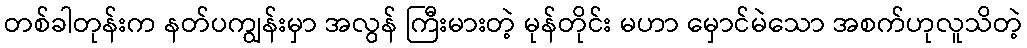
တစ်ခါတုန်းက နတ်ပကျွန်းမှာ အလွန် ကြီးမားတဲ့ မုန်တိုင်း မဟာ မှောင်မဲသော အစက်ဟုလူသိတဲ့